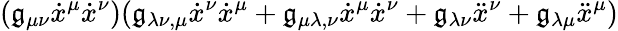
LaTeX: (\mathfrak{g}_{\mu\nu}{\dot{{x}}}^{\mu}{\dot{{x}}}^{\nu})(\mathfrak{g}_{\lambda\nu,\mu}{\dot{{x}}}^{\nu}{\dot{{x}}}^{\mu}+\mathfrak{g}_{\mu\lambda,\nu}{\dot{{x}}}^{\mu}{\dot{{x}}}^{\nu}+\mathfrak{g}_{\lambda\nu}{\ddot{{x}}}^{\nu}+\mathfrak{g}_{\lambda\mu}{\ddot{{x}}}^{\mu})